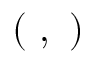
\displaystyle ( \ , \ )